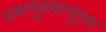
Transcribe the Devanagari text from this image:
डबल्यूडबल्यूएफ़